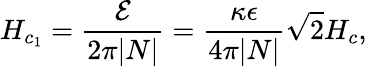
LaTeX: H_{c_{1}}={\frac{\cal E}{2\pi|N|}}={\frac{\kappa\epsilon}{4\pi|N|}}\sqrt{2}H_{c},